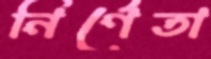
নির্ণেতা